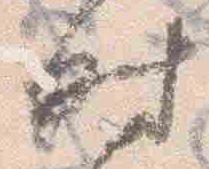
時